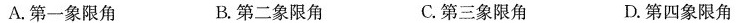
A.第一象限角 B.第二象限角 C.第三象限角 D.第四象限角